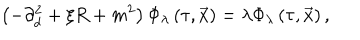
\left( - \partial _ { d } ^ { 2 } + \xi R + m ^ { 2 } \right) \Phi _ { \lambda } \left( \tau , \vec { x } \right) = \lambda \Phi _ { \lambda } \left( \tau , \vec { x } \right) ,